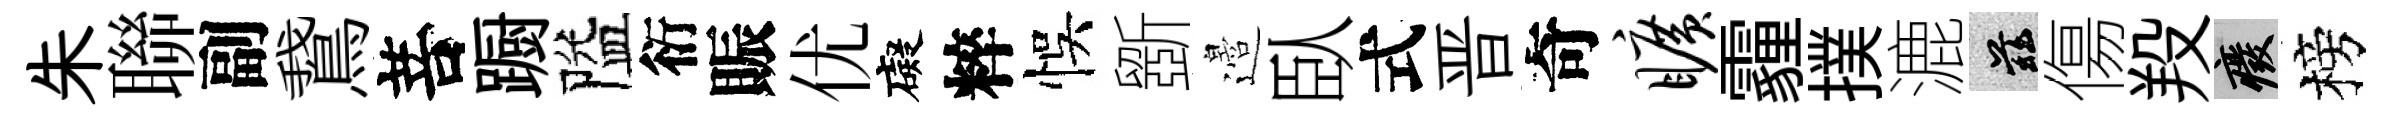
朱聯副鵞菩蹰隘衍賑优礙粹悞斵邉臥式晋奇旷霾撲漉兹傷羖廢榜